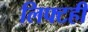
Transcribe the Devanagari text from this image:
लिफ्टही